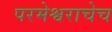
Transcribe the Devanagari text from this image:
परमेश्वराचेच